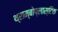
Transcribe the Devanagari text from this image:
थ्राम्बोप्लास्टिक